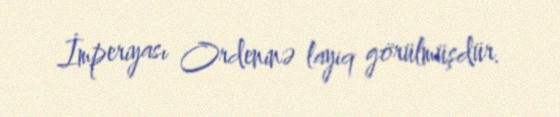
İmperiyası Ordeninə layiq görülmüşdür.